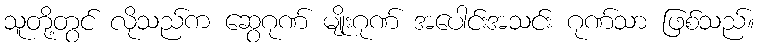
သူတို့တွင် လိုသည်က ဆွေဂုဏ် မျိုးဂုဏ် အပေါင်းအသင်း ဂုဏ်သာ ဖြစ်သည်။